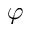
\varphi